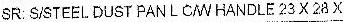
SR: S/STEEL DUST PANL C/W HANDLE 23 X 28 X